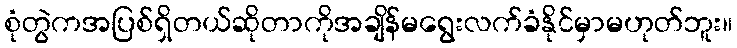
စုံတွဲကအပြစ်ရှိတယ်ဆိုတာကိုအချိန်မရွေးလက်ခံနိုင်မှာမဟုတ်ဘူး။